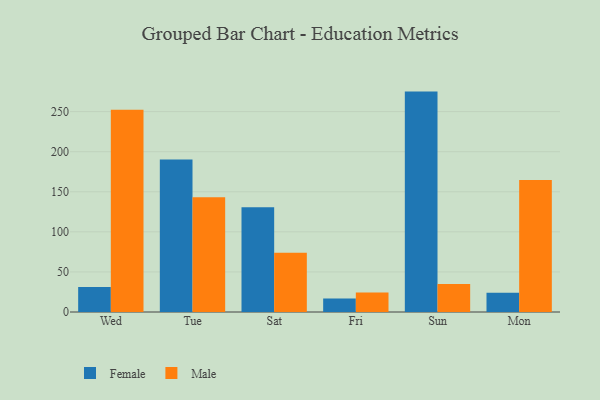
{"axis": {"x": "Day", "y": "Revenue (USD Million)"}, "legend": ["Female", "Male"], "data": [{"x": "Wed", "y": 31.3, "type": "Female"}, {"x": "Wed", "y": 252.3, "type": "Male"}, {"x": "Tue", "y": 190.2, "type": "Female"}, {"x": "Tue", "y": 143.3, "type": "Male"}, {"x": "Sat", "y": 130.7, "type": "Female"}, {"x": "Sat", "y": 74.0, "type": "Male"}, {"x": "Fri", "y": 16.9, "type": "Female"}, {"x": "Fri", "y": 24.4, "type": "Male"}, {"x": "Sun", "y": 275.0, "type": "Female"}, {"x": "Sun", "y": 34.9, "type": "Male"}, {"x": "Mon", "y": 24.0, "type": "Female"}, {"x": "Mon", "y": 164.7, "type": "Male"}]}